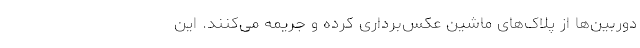
دوربین‌ها از پلاک‌های ماشین عکس‌برداری کرده و جریمه می‌کنند. این